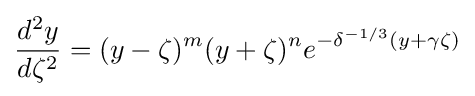
{\frac {d^{2}y}{d\zeta ^{2}}}=(y-\zeta )^{m}(y+\zeta )^{n}e^{-\delta ^{-1/3}(y+\gamma \zeta )}